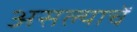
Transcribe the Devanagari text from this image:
असल्याचें